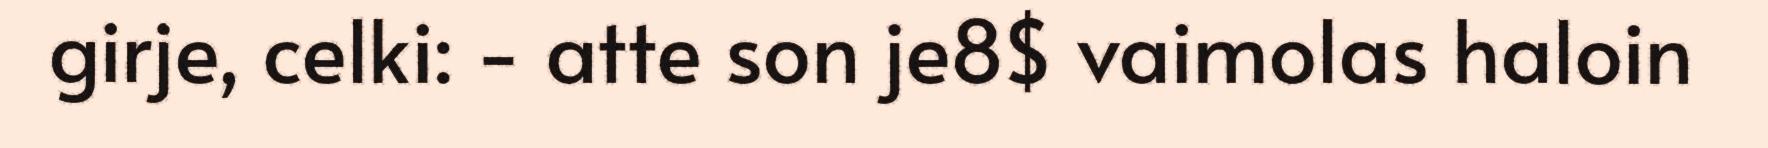
girje, celki: - atte son je8$ vaimolas haloin